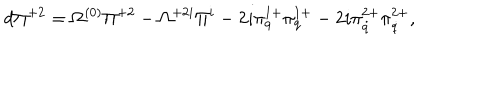
d \Pi ^ { + 2 } = \Omega ^ { ( 0 ) } \Pi ^ { + 2 } - \Omega ^ { + 2 i } \Pi ^ { i } - 2 i \pi _ { q } ^ { 1 + } \pi _ { q } ^ { 1 + } - 2 i \pi _ { \dot { q } } ^ { 2 + } \pi _ { \dot { q } } ^ { 2 + } ,